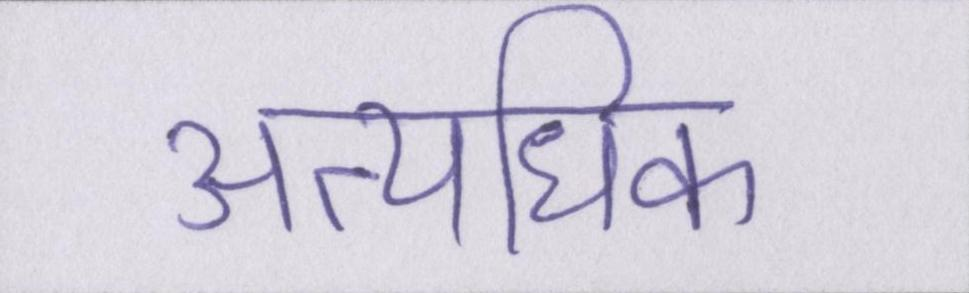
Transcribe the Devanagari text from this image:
अत्यधिक